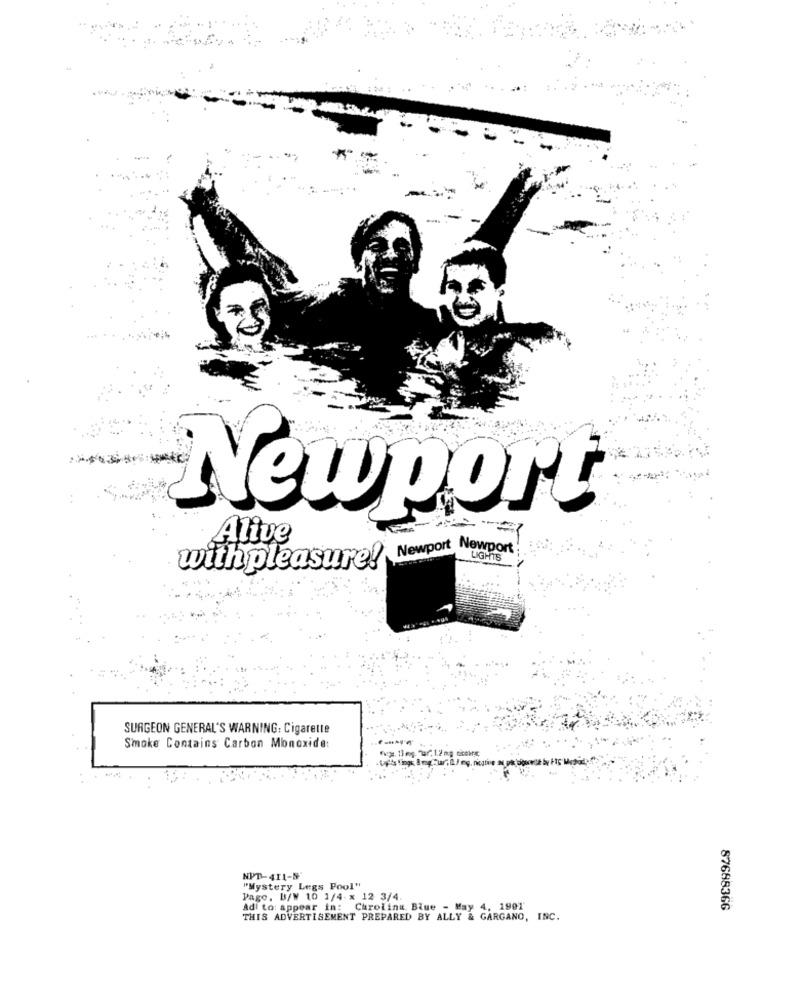
Newport
Alive
Newport Newport
LIGHTS
with pleasure!
SURGEON GENERAL'S WARNING: Cigarette
Smoke Contains Carbon Monoxide:
NPT-411-N
"Mystery Legs Pool"
Pago, B/W 10 1/4- x 12 3/4.
Adi to: appear in: Carolina Blue - May 4, 1901
87688366
THIS ADVERTISEMENT PREPARED BY ALLY & GARGANO, INC.